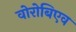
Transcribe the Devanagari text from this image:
वोरोबिएव